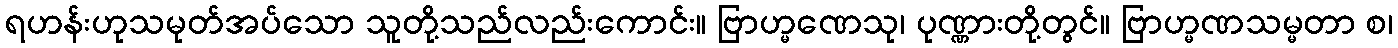
ရဟန်းဟုသမုတ်အပ်သော သူတို့သည်လည်းကောင်း။ ဗြာဟ္မဏေသု၊ ပုဏ္ဏားတို့တွင်။ ဗြာဟ္မဏသမ္မတာ စ၊